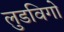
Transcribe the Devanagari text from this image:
लुडविगो